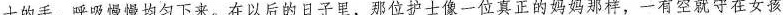
士的手，呼吸慢慢均匀下来。在以后的日子里，那位护士像一位真正的妈妈那样，一有空就守在女孩